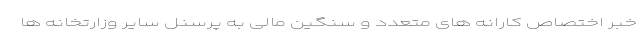
خبر اختصاص کارانه های متعدد و سنگین مالی به پرسنل سایر وزارتخانه ها